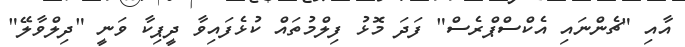
އާއި "ޗެންނައި އެކްސްޕްރެސް" ފަދަ މޮޅު ފިލްމުތައް ކުޅެފައިވާ ދީޕިކާ ވަނީ "ދިލްވާލޭ"